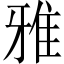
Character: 雅